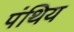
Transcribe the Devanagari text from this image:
पंथिय